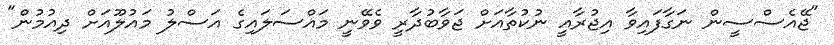
"ޖޭއެސްސީން ނަގާފައިވާ އިޖުރާއީ ނުކުތާއަށް ޖަވާބުދާރީ ވެވޭނީ މައްސަލައިގެ އަސްލު މައުލޫއަށް ދިއުމުން"